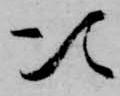
次